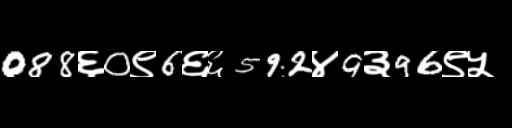
Text: 088६0९6६६592४9३96९५